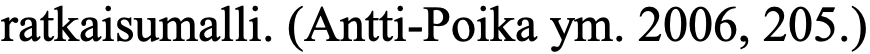
ratkaisumalli. (Antti-Poika ym. 2006, 205.)